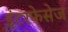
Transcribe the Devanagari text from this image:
इंटरफेसेज